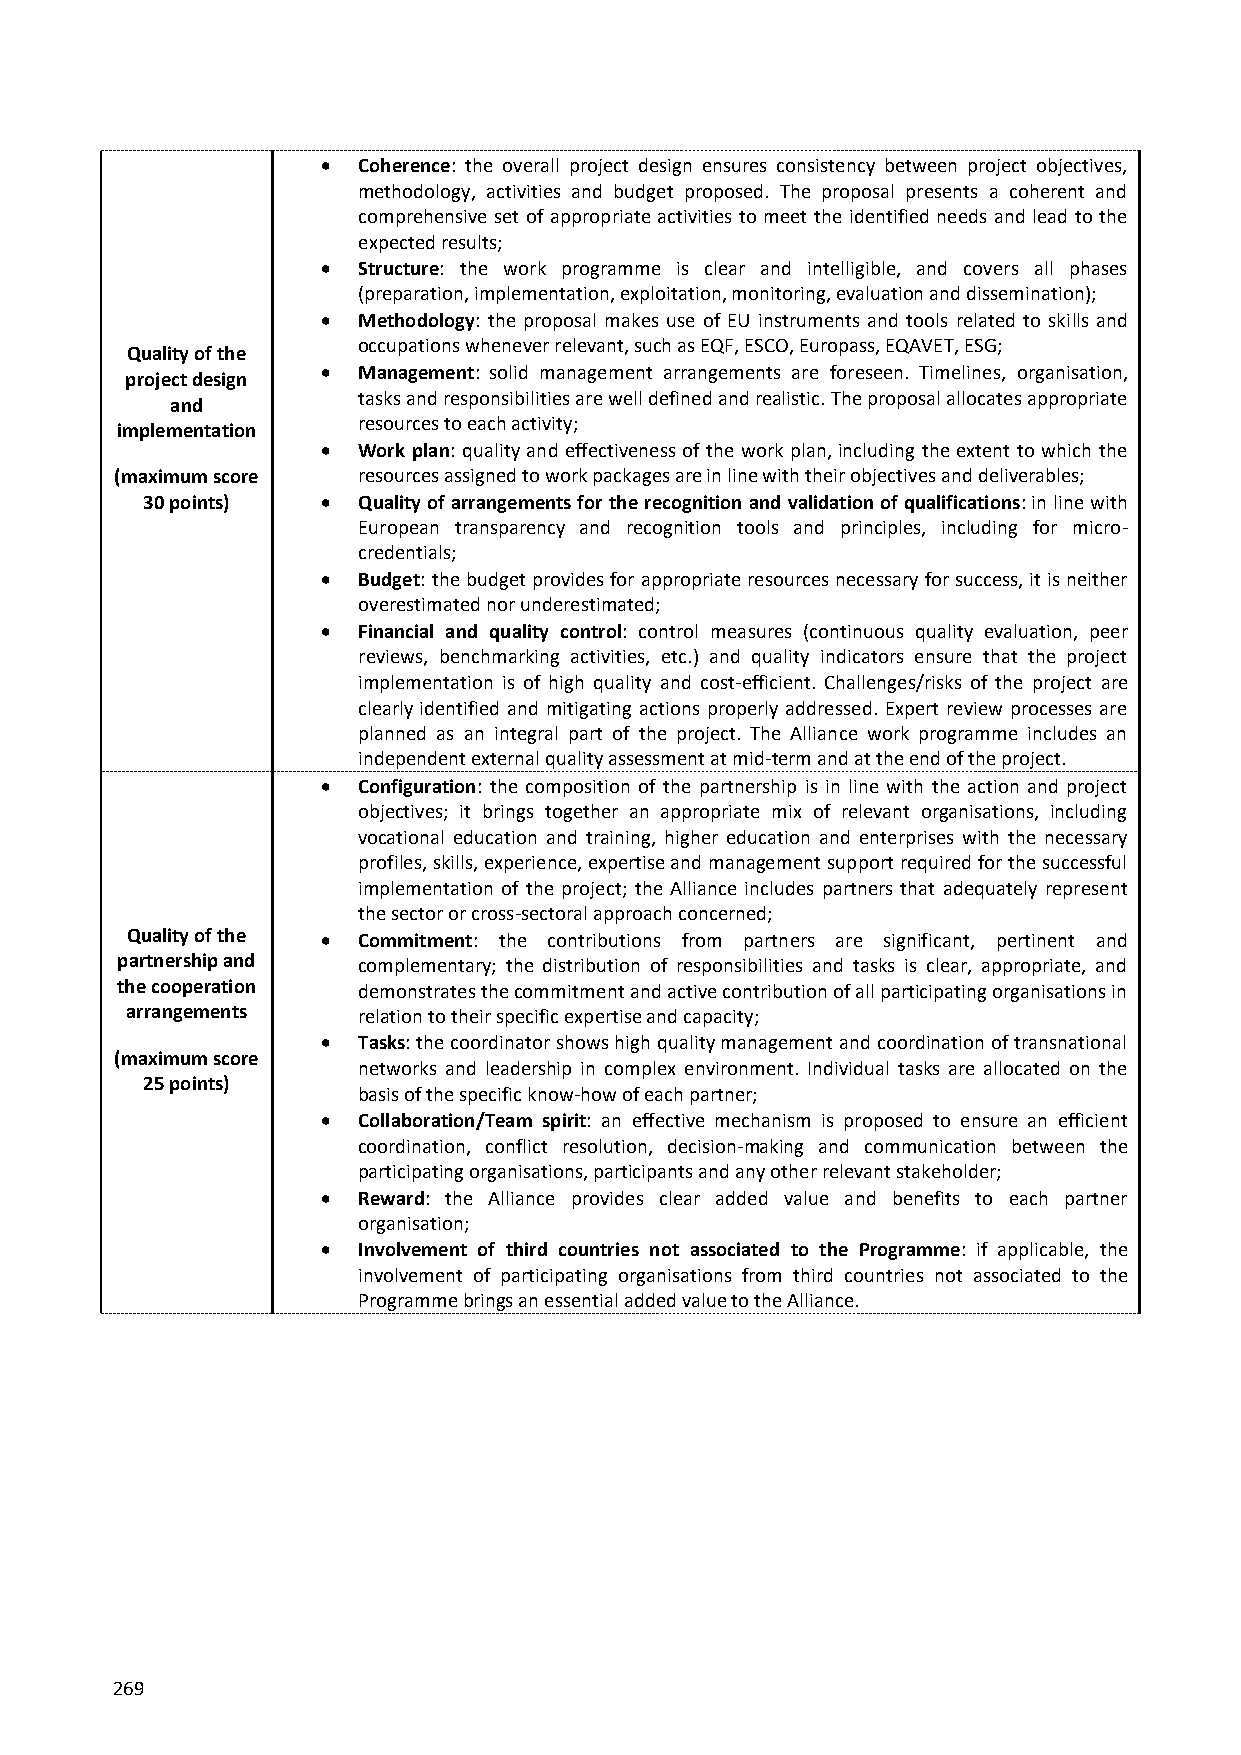
  Coherence: the overall project design ensures consistency between project objectives,
 methodology, activities and budget proposed. The proposal presents a coherent and
 comprehensive set of appropriate activities to meet the identified needs and lead to the
 expected results;
   Structure: the work programme is clear and intelligible, and covers all phases
 (preparation, implementation, exploitation, monitoring, evaluation and dissemination);
   Methodology: the proposal makes use of EU instruments and tools related to skills and
 occupations whenever relevant, such as EQF, ESCO, Europass, EQAVET, ESG;
 Quality of the
   Management: solid management arrangements are foreseen. Timelines, organisation,
 project design
 tasks and responsibilities are well defined and realistic. The proposal allocates appropriate
 and
 resources to each activity;
 implementation
   Work plan: quality and effectiveness of the work plan, including the extent to which the
 (maximum score  resources assigned to work packages are in line with their objectives and deliverables;
 30 points)    Quality of arrangements for the recognition and validation of qualifications: in line with
 European transparency and recognition tools and principles, including for micro-
 credentials;
   Budget: the budget provides for appropriate resources necessary for success, it is neither
 overestimated nor underestimated;
   Financial and quality control: control measures (continuous quality evaluation, peer
 reviews, benchmarking activities, etc.) and quality indicators ensure that the project
 implementation is of high quality and cost-efficient. Challenges/risks of the project are
 clearly identified and mitigating actions properly addressed. Expert review processes are
 planned as an integral part of the project. The Alliance work programme includes an
 independent external quality assessment at mid-term and at the end of the project.
   Configuration: the composition of the partnership is in line with the action and project
 objectives; it brings together an appropriate mix of relevant organisations, including
 vocational education and training, higher education and enterprises with the necessary
 profiles, skills, experience, expertise and management support required for the successful
 implementation of the project; the Alliance includes partners that adequately represent
 the sector or cross-sectoral approach concerned;
 Quality of the  Commitment: the contributions from partners are significant, pertinent and
 partnership and complementary; the distribution of responsibilities and tasks is clear, appropriate, and
 the cooperation demonstrates the commitment and active contribution of all participating organisations in
 arrangements    relation to their specific expertise and capacity;
   Tasks: the coordinator shows high quality management and coordination of transnational
 (maximum score
 networks and leadership in complex environment. Individual tasks are allocated on the
 25 points)
 basis of the specific know-how of each partner;
   Collaboration/Team spirit: an effective mechanism is proposed to ensure an efficient
 coordination, conflict resolution, decision-making and communication between the
 participating organisations, participants and any other relevant stakeholder;
   Reward: the Alliance provides clear added value and benefits to each partner
 organisation;
   Involvement of third countries not associated to the Programme: if applicable, the
 involvement of participating organisations from third countries not associated to the
 Programme brings an essential added value to the Alliance.
 269